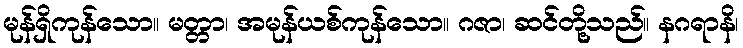
မုန်ရှိကုန်သော။ မတ္တာ၊ အမုန်ယစ်ကုန်သော။ ဂဇာ၊ ဆင်တို့သည်။ နဂရာနိ၊